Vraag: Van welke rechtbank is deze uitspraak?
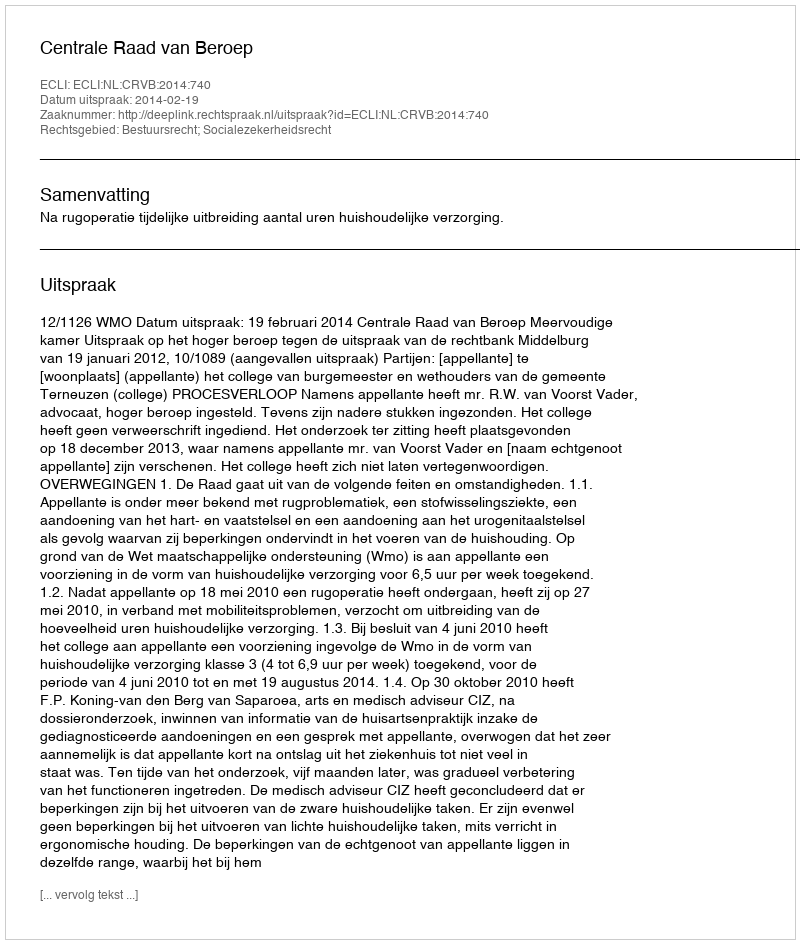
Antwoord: Centrale Raad van Beroep